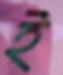
ই